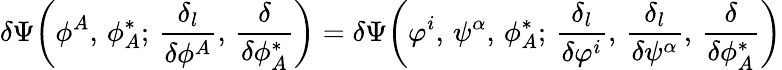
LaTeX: \delta\Psi\bigg(\phi^{A},\, \phi_{A}^{*};\, \frac{\delta_{l}}{\delta\phi^{A}},\, \frac{\delta}{\delta\phi_{A}^{*}}\bigg)=\delta\Psi\bigg(\varphi^{i},\, \psi^{\alpha},\, \phi_{A}^{*};\, \frac{\delta_{l}}{\delta\varphi^{i}},\, \frac{\delta_{l}}{\delta\psi^{\alpha}},\, \frac{\delta}{\delta\phi_{A}^{*}}\bigg)